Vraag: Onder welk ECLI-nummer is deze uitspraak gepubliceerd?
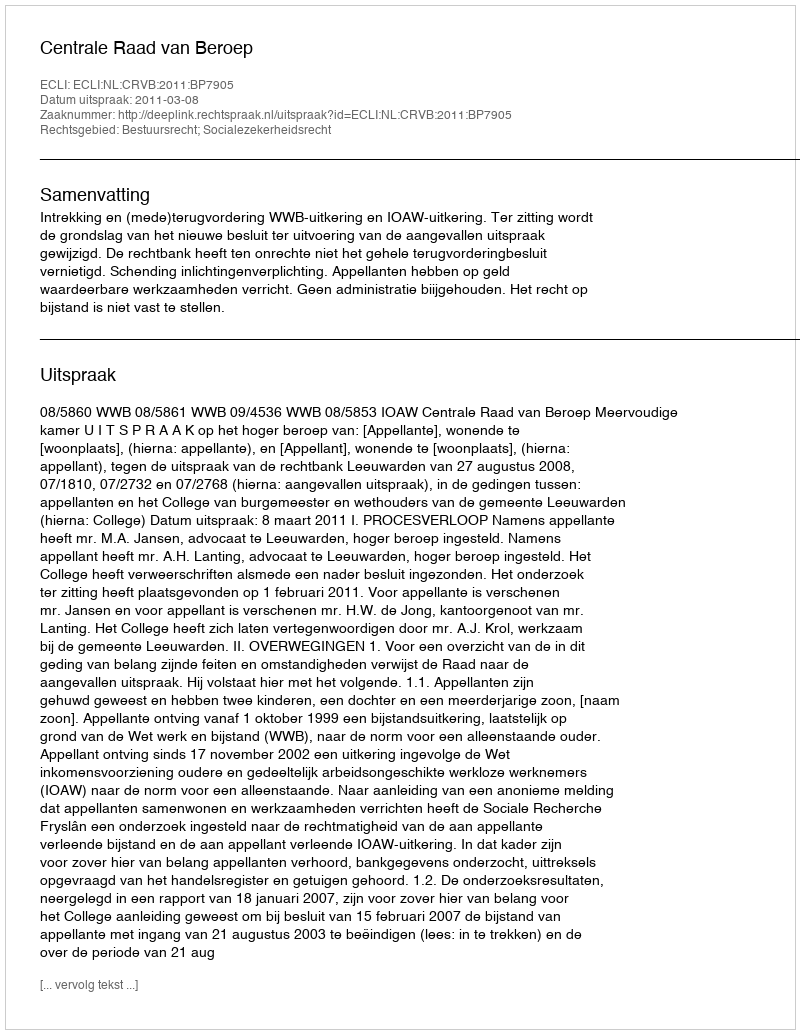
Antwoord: ECLI:NL:CRVB:2011:BP7905